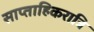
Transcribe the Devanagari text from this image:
साप्ताहिकरात्रि